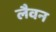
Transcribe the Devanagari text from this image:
लैवन